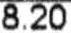
8.20